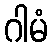
ဂါမံ